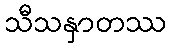
သီသနှာတဿ